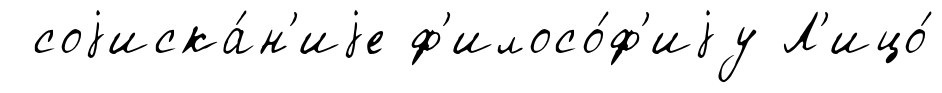
соjиска́н'иjе ф'илосо́ф'иjу Л'ицо́